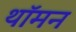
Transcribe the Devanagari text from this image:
थॉमन